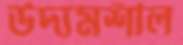
উদ্যমশীল